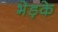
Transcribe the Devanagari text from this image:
भेड़के